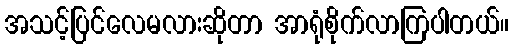
အသင့်ပြင်လေမလားဆိုတာ အာရုံစိုက်လာကြပါတယ်။